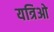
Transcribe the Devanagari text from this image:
यत्रिओ